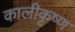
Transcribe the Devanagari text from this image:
कालीकृष्ण